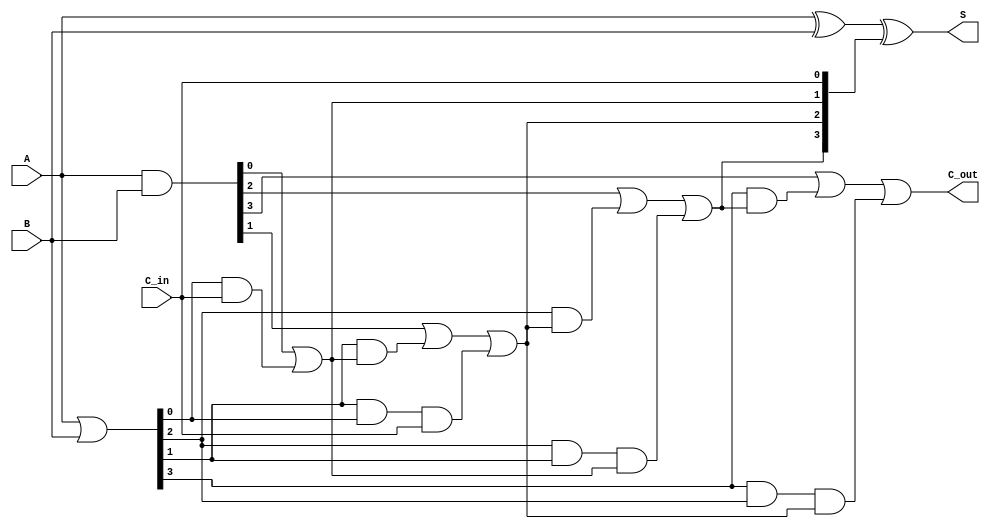
module carry_lookahead_adder #(
    parameter N = 4 // You can change N to the desired bit-width
)(
    input  [N-1:0] A,      // First n-bit input
    input  [N-1:0] B,      // Second n-bit input
    input          C_in,    // Carry-in input
    output [N-1:0] S,       // n-bit sum output
    output         C_out     // Carry-out output
);

    // Generate and Propagate signals
    wire [N-1:0] G; // Generate signals
    wire [N-1:0] P; // Propagate signals
    wire [N:0] C;    // Carry signals

    // Generate and Propagate logic
    assign G = A & B;          // G[i] = A[i] & B[i]
    assign P = A | B;          // P[i] = A[i] | B[i]

    // Carry logic
    assign C[0] = C_in; // C[0] = C_in
    genvar i;
    generate
        for (i = 0; i < N; i = i + 1) begin : carry_logic
            if (i == 0) begin
                assign C[i + 1] = G[i] | (P[i] & C[i]); // C[1]
            end else begin
                assign C[i + 1] = G[i] | (P[i] & C[i]) | (P[i] & P[i-1] & C[i-1]);
            end
        end
    endgenerate

    // Sum logic
    assign S = A ^ B ^ C[N-1:0]; // S[i] = A[i] ^ B[i] ^ C[i]

    // Carry-out output
    assign C_out = C[N]; // C_out = C[n]

endmodule